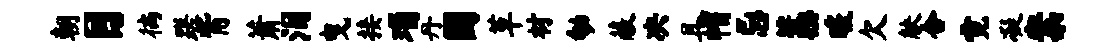
朝目徜蹉觜萧泪曳接瑙丹圆草材劬蔽决且帽忌藁暖欠觖合霓凝案